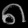
Digit: ၈